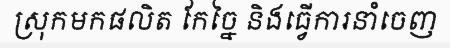
ស្រុកមកផលិត កែច្នៃ និងធ្វើការនាំចេញ